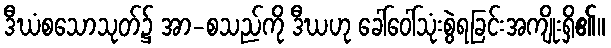
ဒီဃံစသောသုတ်၌ အာ-စသည်ကို ဒီဃဟု ခေါ်ဝေါ်သုံးစွဲရခြင်းအကျိုးရှိ၏။